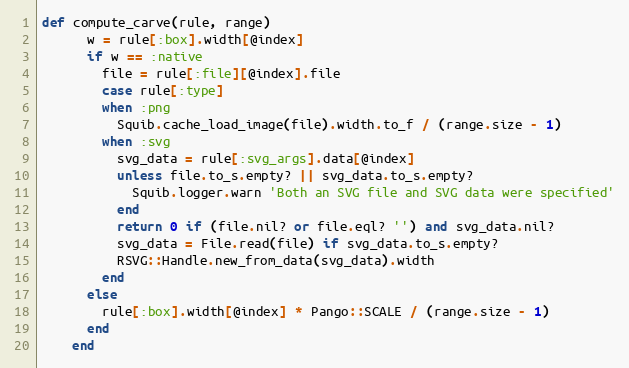
Language: Ruby
def compute_carve(rule, range)
      w = rule[:box].width[@index]
      if w == :native
        file = rule[:file][@index].file
        case rule[:type]
        when :png
          Squib.cache_load_image(file).width.to_f / (range.size - 1)
        when :svg
          svg_data = rule[:svg_args].data[@index]
          unless file.to_s.empty? || svg_data.to_s.empty?
            Squib.logger.warn 'Both an SVG file and SVG data were specified'
          end
          return 0 if (file.nil? or file.eql? '') and svg_data.nil?
          svg_data = File.read(file) if svg_data.to_s.empty?
          RSVG::Handle.new_from_data(svg_data).width
        end
      else
        rule[:box].width[@index] * Pango::SCALE / (range.size - 1)
      end
    end